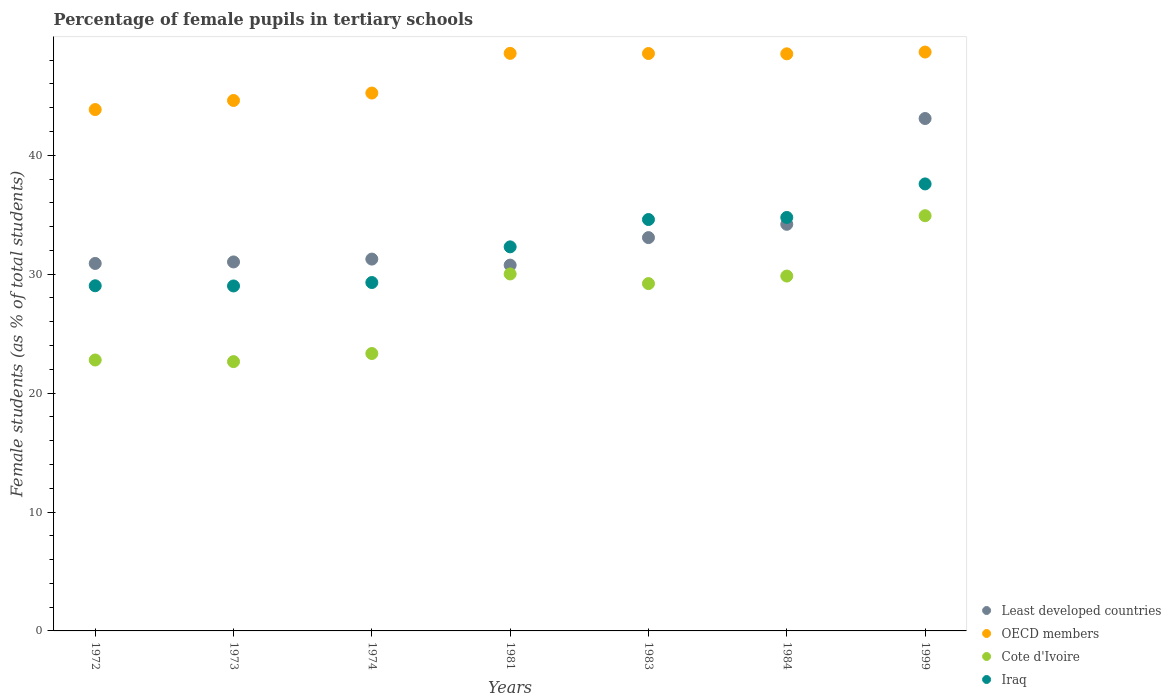
| Years | Least developed countries | OECD members | Cote d'Ivoire | Iraq |
 | --- | --- | --- | --- | --- |
 | 1972 | 30.9 | 43.8 | 22.8 | 29 |
 | 1973 | 31 | 44.6 | 22.6 | 29 |
 | 1974 | 31.3 | 45.2 | 23.3 | 29.3 |
 | 1981 | 30.8 | 48.6 | 30 | 32.3 |
 | 1983 | 33.1 | 48.6 | 29.2 | 34.6 |
 | 1984 | 34.2 | 48.5 | 29.8 | 34.8 |
 | 1999 | 43.1 | 48.7 | 34.9 | 37.6 |